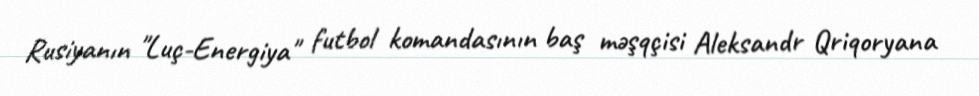
Rusiyanın "Luç-Energiya" futbol komandasının baş məşqçisi Aleksandr Qriqoryana